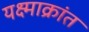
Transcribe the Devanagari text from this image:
यक्ष्माक्रांत